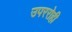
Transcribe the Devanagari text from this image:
उपररोही